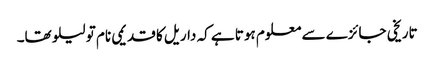
تاریخی جائزے سے معلوم ہوتا ہے کہ داریل کا قدیمی نام تو لیلو تھا۔